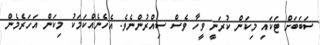
ސަބަބަށް ޓަކައި މިކަން ކުރަނީ ވީހާ ވެސް ސިއްރުންނެވެ. އެހެނެއްކަމަކު މިކަން އަހަރެމެން